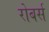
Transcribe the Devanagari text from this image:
रोबर्स